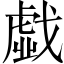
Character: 戱